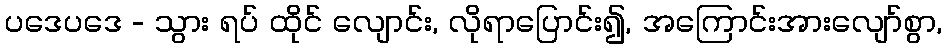
ပဒေပဒေ - သွား ရပ် ထိုင် လျောင်း, လိုရာပြောင်း၍, အကြောင်းအားလျော်စွာ,